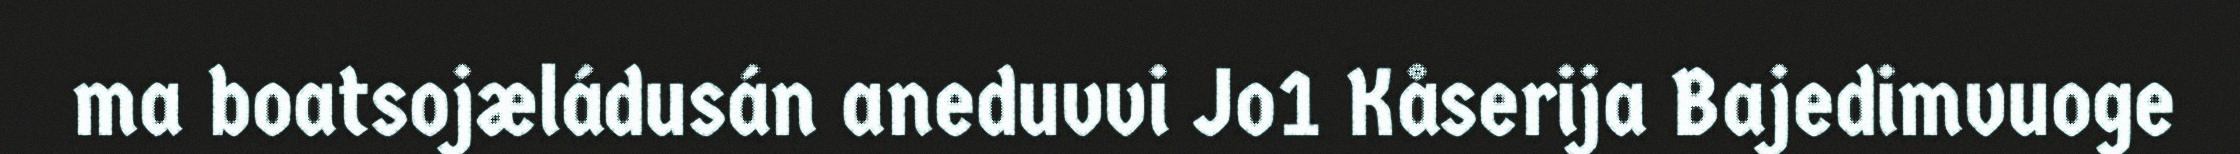
ma boatsojæládusán aneduvvi Jo1 Kåserija Bajedimvuoge